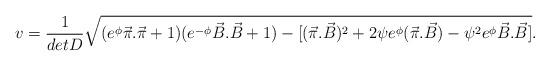
LaTeX: \begin{align*}v = \frac{1}{detD}\sqrt{(e^{\phi}\vec{\pi}.\vec{\pi}+1)(e^{-\phi}\vec{B}.\vec{B}+ 1) - [(\vec{\pi}.\vec{B})^2 + 2\psi e^{\phi}(\vec{\pi}.\vec{B}) - \psi^2 e^{\phi}\vec{B}.\vec{B}]}.\end{align*}